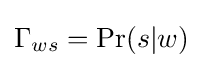
\Gamma _{ws}=\Pr(s|w)